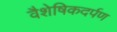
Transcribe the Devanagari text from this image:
वैशेषिकदर्पण